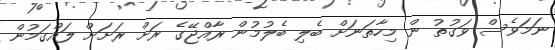
ނަމަވެސް ވަގުތު ން މިހާތަނަށް ބެލި ބެލުމުން ރާއްޖޭގެ ރަށް ރަށަށް ލައްގަމުން